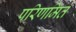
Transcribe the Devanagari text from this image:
परिणमित